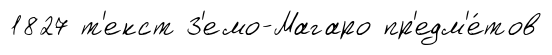
1827 т'екст З'емо-Магаро пр'едм'е́тов